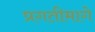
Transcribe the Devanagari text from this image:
प्रगतीमागे